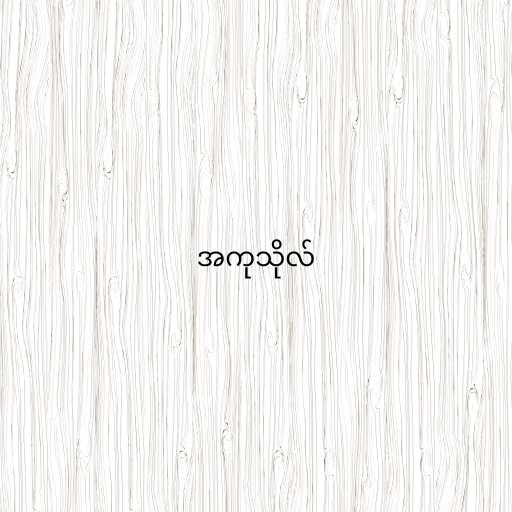
အကုသိုလ်